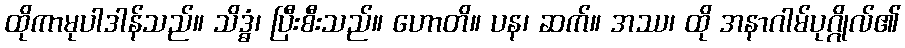
ထိုကာမုပါဒါန်သည်။ သိဒ္ဓံ၊ ပြီးစီးသည်။ ဟောတိ။ ပန၊ ဆက်။ အဿ၊ ထို အနာဂါမ်ပုဂ္ဂိုလ်၏